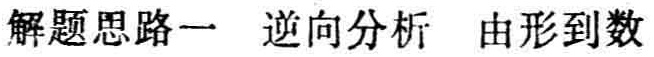
解题思路一 逆向分析 由形到数